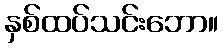
နှစ်ထပ်သင်းဘော။